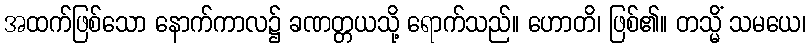
အထက်ဖြစ်သော နောက်ကာလ၌ ခဏတ္တယသို့ ရောက်သည်။ ဟောတိ၊ ဖြစ်၏။ တသ္မိံ သမယေ၊